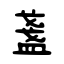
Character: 盞